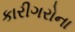
કારીગરોના